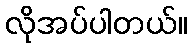
လိုအပ်ပါတယ်။